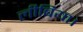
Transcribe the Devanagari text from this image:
लीबिया।